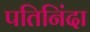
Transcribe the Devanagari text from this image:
पतिनिंदा